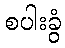
စပါးခွံ